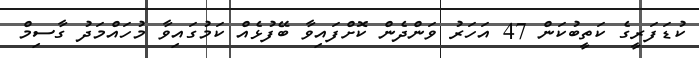
ކުޑަފަރީގެ ކަތީބުކަން 47 އަހަރު ވަންދެން ކޮށްފައިވާ ބޭފުޅެއް ކަމުގައިވާ މުހައްމަދު ގާސިމް